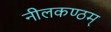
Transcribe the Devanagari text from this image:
नीलकण्ठम्